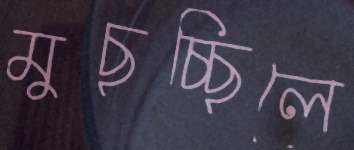
মুছচ্ছিলে